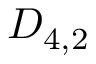
D _ { 4 , 2 }